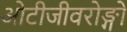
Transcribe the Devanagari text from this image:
ओटीजीवरोङ्गो